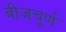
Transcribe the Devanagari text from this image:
बीजचूर्ण